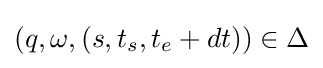
(q,\omega ,(s,t_{s},t_{e}+dt))\in \Delta